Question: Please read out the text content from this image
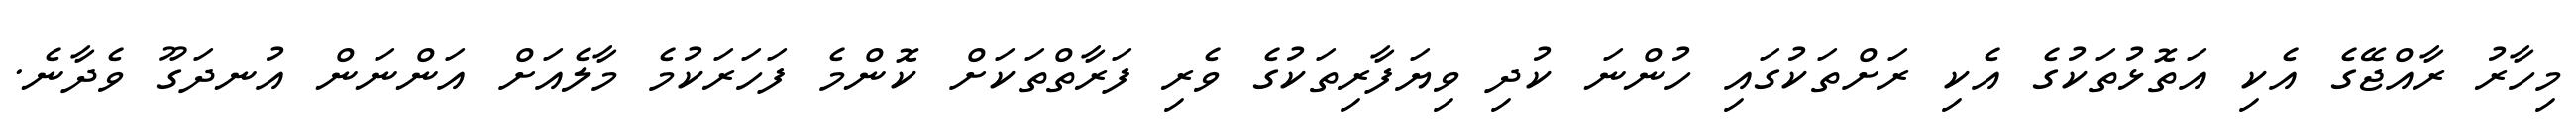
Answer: މިހާރު ރާއްޖޭގެ އެކި އަތޮޅުތަކުގެ އެކި ރަށްތަކުގައި ހުންނަ ކުދި ވިޔަފާރިތަކުގެ ވެރި ފަރާތްތަކަށް ކޮންމެ ފަހަރަކުމެ މާލެއަށް އަންނަން އުނދަގޫ ވެދާނެ.